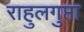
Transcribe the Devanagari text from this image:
राहुलगुप्ता